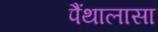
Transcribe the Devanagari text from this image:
पैंथालासा